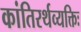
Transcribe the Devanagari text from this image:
कांतिरर्थव्यक्तिः